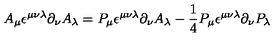
A _ { \mu } \epsilon ^ { \mu \nu \lambda } \partial _ { \nu } A _ { \lambda } = P _ { \mu } \epsilon ^ { \mu \nu \lambda } \partial _ { \nu } A _ { \lambda } - \frac { 1 } { 4 } P _ { \mu } \epsilon ^ { \mu \nu \lambda } \partial _ { \nu } P _ { \lambda }